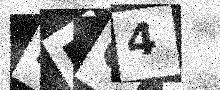
Text: LFG4